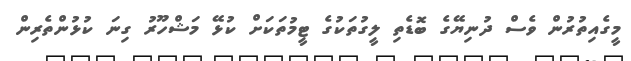
މީގެއިތުރުން ވެސް ދުނިޔޭގެ ބޮޑެތި ލީގުތަކުގެ ޓީމުތަކަށް ކުޅޭ މަޝްހޫރު ގިނަ ކުޅުންތެރިން